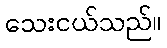
သေးငယ်သည်။